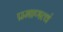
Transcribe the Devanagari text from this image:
प्रमाणत्वं